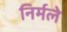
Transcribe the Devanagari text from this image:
निर्मले